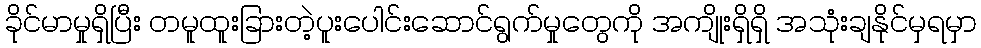
ခိုင်မာမှုရှိပြီး တမူထူးခြားတဲ့ပူးပေါင်းဆောင်ရွက်မှုတွေကို အကျိုးရှိရှိ အသုံးချနိုင်မှရမှာ